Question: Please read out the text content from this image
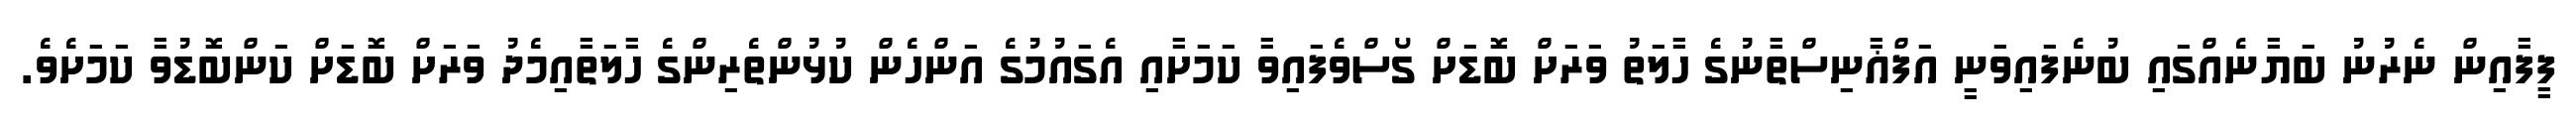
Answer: ފީފާއިން ނެރުނު ބަޔާނެއްގައި ބުނެފައިވަނީ އަފްޣާނިސްތާނުގެ ހާލަތު ވަރަށް ބޮޑަށް ގޯސްވެފައިވާ ކަމަށާއި އެގައުމުގެ އަންހެން ކުޅުންތެރިންގެ ހާލަތާއިމެދު ވަރަށް ބޮޑަށް ކަންބޮޑުވާ ކަމަށެވެ.